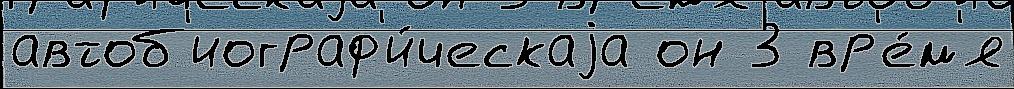
автоб'иограф'и́ческаjа он 3 вр'е́м'я